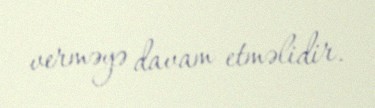
verməyə davam etməlidir.